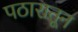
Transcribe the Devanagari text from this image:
पठारातून